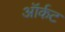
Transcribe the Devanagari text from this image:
ऑर्कट